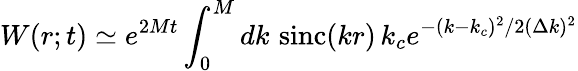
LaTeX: W(r;t)\simeq e^{2Mt}\int_{0}^{M}dk\, \, \mathrm{sinc}(kr)\, k_{c}e^{-(k-k_{c})^{2}/2(\Delta k)^{2}}